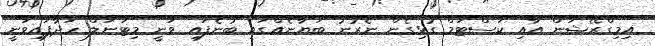
އިމިގްރޭޝަން އާއި ކަސްޓަމް ގުޅިގެން ނެރުނު ބަޔާނެއްގައި ބުނެފައި ވަނީ މިޓަނަލް ހަދާފައިވަނީ